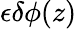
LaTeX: \epsilon\delta\phi(z)